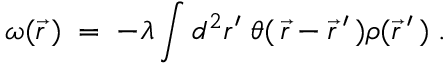
\omega ( \vec { r } \, ) \; = \; - \lambda \int d ^ { 2 } r ^ { \prime } \; \theta ( \, \vec { r } - \vec { r } \, ^ { \prime } \, ) \rho ( \vec { r } \, ^ { \prime } \, ) \; .